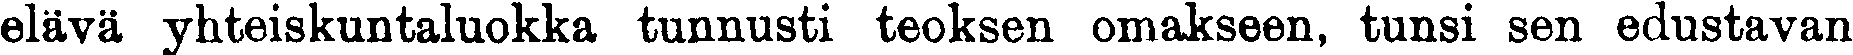
elävä yhteiskuntaluokka tunnusti teoksen omakseen, tunsi sen edustavan